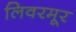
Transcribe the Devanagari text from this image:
लिवरमूर